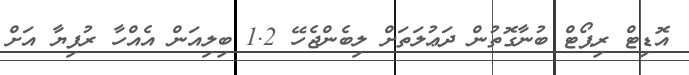
އޮޑިޓް ރިޕޯޓް ބުނާގޮތުން ދަޢުލަތަށް ލިބެންޖެހޭ 1.2 ބިލިއަން އެއްހާ ރުފިޔާ އަށް